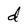
Character: d